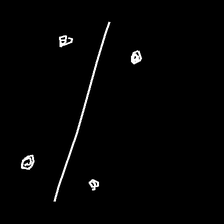
Glyph: cool